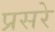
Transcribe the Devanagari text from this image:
प्रसरे